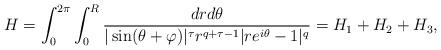
LaTeX: \begin{align*}H=\int_{0}^{2\pi}\int_{0}^R\frac{dr d\theta}{|\sin(\theta+\varphi)|^{\tau}r^{q+\tau-1}|re^{i\theta}-1|^{q}}= H_1+H_2+H_3,\end{align*}